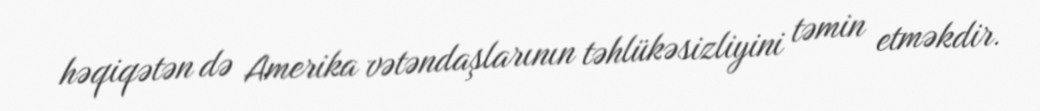
həqiqətən də Amerika vətəndaşlarının təhlükəsizliyini təmin etməkdir.